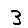
Digit: 3